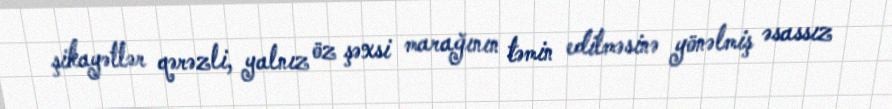
şikayətlər qərəzli, yalnız öz şəxsi marağının təmin edilməsinə yönəlmiş əsassız